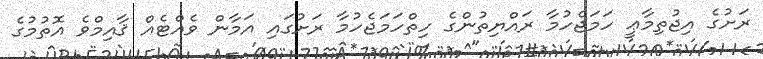
ރަށުގެ އިޖުތިމާޢީ ހަމަޖެހުމާ ރައްޔިތުންގެ ހިތްހަމަޖެހުމާ ރަށުގައި އަމާން ވެއްޓެއް ޤާއިމްވެ އޮތުމުގެ